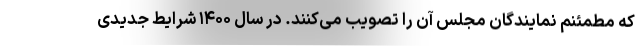
که مطمئنم نمایندگان مجلس آن را تصویب می‌کنند. در سال ۱۴۰۰ شرایط جدیدی